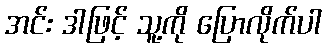
အင်း ဒါဖြင့် သူ့ကို ပြောလိုက်ပါ